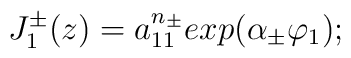
J_{1}^{\pm}(z) = a_{11}^{n_{\pm}} exp (\alpha_{\pm} \varphi_{1}) ;